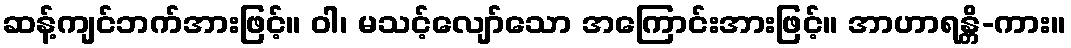
ဆန့်ကျင်ဘက်အားဖြင့်။ ဝါ၊ မသင့်လျော်သော အကြောင်းအားဖြင့်။ အာဟာရန္တိ-ကား။